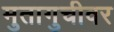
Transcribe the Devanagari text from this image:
मुतागुचीवर